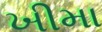
ખીમા